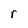
Character: r